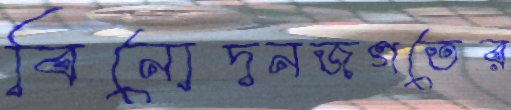
বিনোদনজগতের